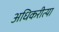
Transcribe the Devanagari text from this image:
अधिकरीत्या